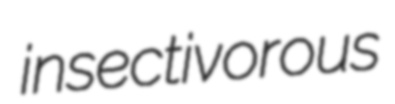
insectivorous